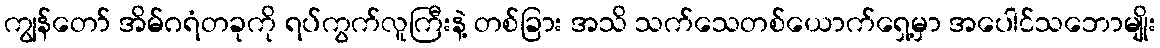
ကျွန်တော် အိမ်ဂရံတခုကို ရပ်ကွက်လူကြီးနဲ့ တစ်ခြား အသိ သက်သေတစ်ယောက်ရှေ့မှာ အပေါင်သဘောမျိုး